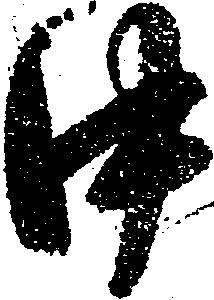
中